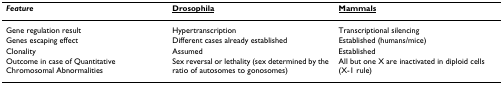
<table><thead><tr><td><b><i>Feature</i></b></td><td><b><underline>Drosophila</underline></b></td><td><b><underline>Mammals</underline></b></td></tr></thead><tbody><tr><td>Gene regulation result</td><td>Hypertranscription</td><td>Transcriptional silencing</td></tr><tr><td>Genes escaping effect</td><td>Different cases already established</td><td>Established (humans/mice)</td></tr><tr><td>Clonality</td><td>Assumed</td><td>Established</td></tr><tr><td>Outcome in case of Quantitative Chromosomal Abnormalities</td><td>Sex reversal or lethality (sex determined by the ratio of autosomes to gonosomes)</td><td>All but one X are inactivated in diploid cells (X-1 rule)</td></tr></tbody></table>